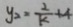
y _ { 2 } = \frac { 2 } { k } + 4